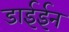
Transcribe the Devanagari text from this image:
डाईईन